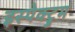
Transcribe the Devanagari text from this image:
इस्पेक्ट्रुम